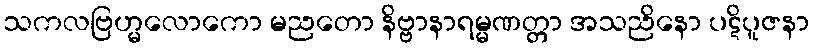
သကလဗြဟ္မလောကော မညတော နိဗ္ဗာနာရမ္မဏတ္တာ အသညိနော ပဋိပူဇနာ